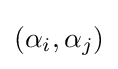
(\alpha _{i},\alpha _{j})